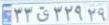
۳۳ق۳۲۹۲۹